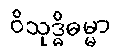
ဝိသုဒ္ဓိဓမ္မာ